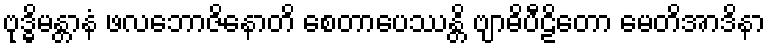
ဗုဒ္ဓိမန္တာနံ ဖလဘောဇိနောတိ စေတာပေဿန္တိ ဗျာဓိပီဠိတော မေတိအာဒိနာ